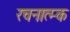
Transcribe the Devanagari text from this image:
रचनात्म्क